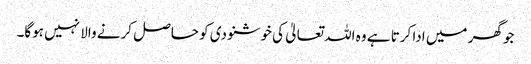
جو گھر میں ادا کرتا ہے وہ اللہ تعالیٰ کی خوشنودی کو حاصل کرنے والا نہیں ہوگا۔